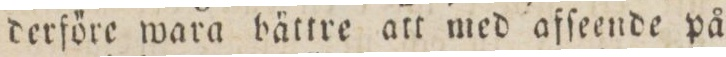
derföre wara bättre att med afſeende på